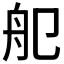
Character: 𦨌